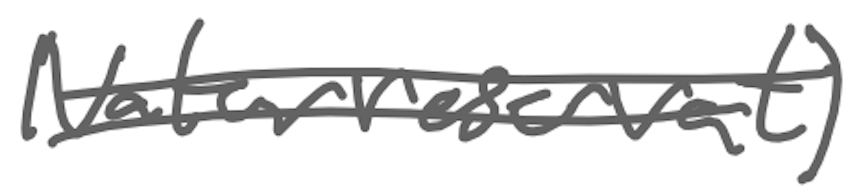
Text: naturreservat)
Cross-out: double-line
Writing tool: digital_gray